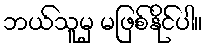
ဘယ်သူမှ မဖြစ်နိုင်ပါ။